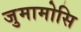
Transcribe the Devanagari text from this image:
जुमामोसि